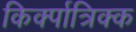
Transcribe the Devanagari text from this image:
किर्क्पात्रिक्क